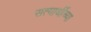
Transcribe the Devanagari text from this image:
सत्यार्थींच्या